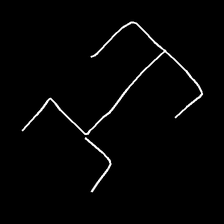
Glyph: entwine